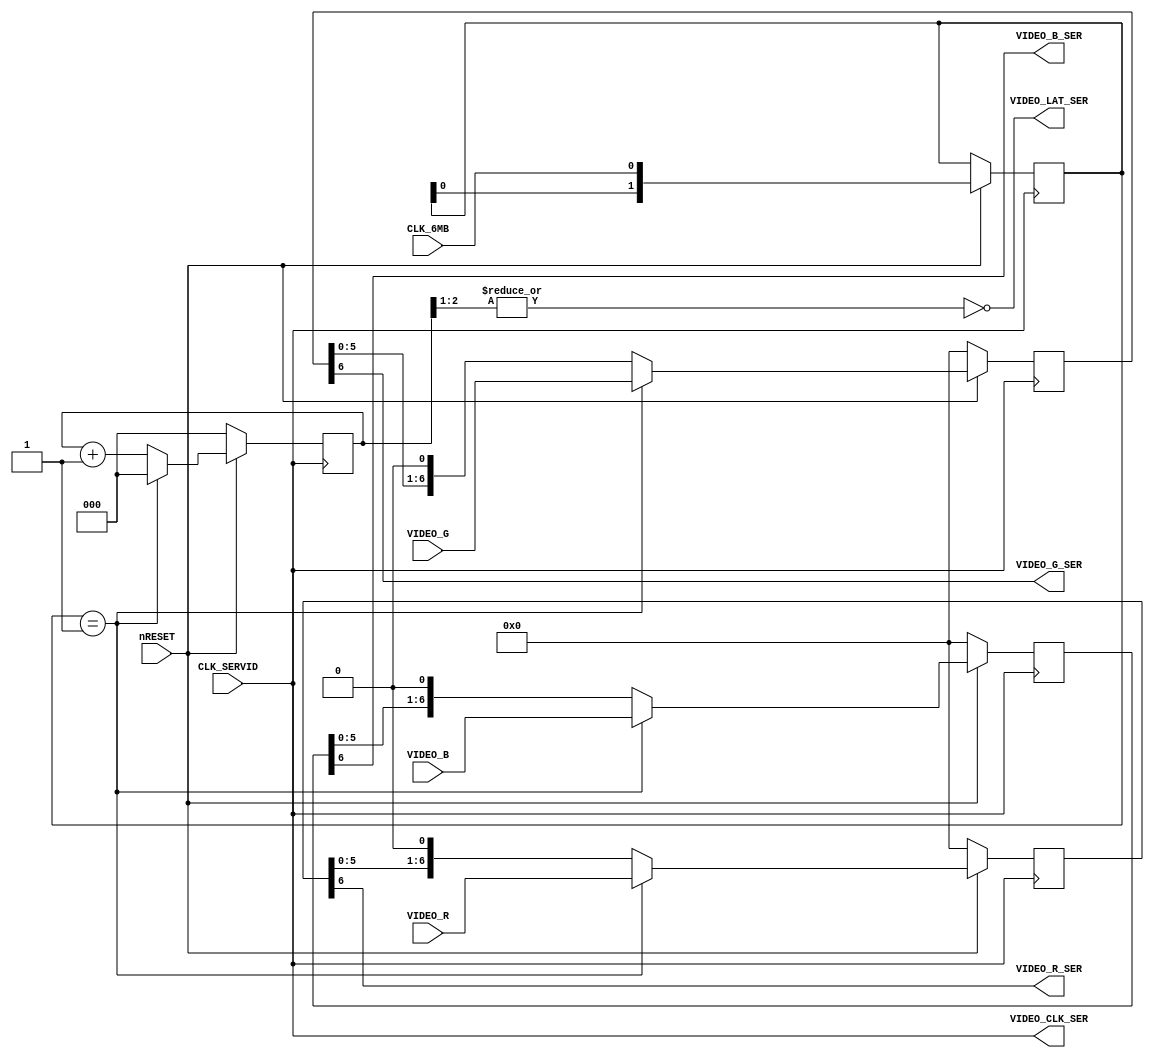
module ser_video(
	input nRESET,
	input CLK_SERVID,
	input CLK_6MB,
	input [6:0] VIDEO_R,
	input [6:0] VIDEO_G,
	input [6:0] VIDEO_B,
	output VIDEO_R_SER,
	output VIDEO_G_SER,
	output VIDEO_B_SER,
	output VIDEO_CLK_SER,
	output VIDEO_LAT_SER
);
	reg [6:0] R_SR;
	reg [6:0] G_SR;
	reg [6:0] B_SR;
	reg [2:0] BIT_CNT;
	reg [1:0] VIDEO_LOAD;
	assign VIDEO_CLK_SER = CLK_SERVID;
	assign VIDEO_LAT_SER = ~|{BIT_CNT[2:1]};
	assign VIDEO_R_SER = R_SR[6];
	assign VIDEO_G_SER = G_SR[6];
	assign VIDEO_B_SER = B_SR[6];
	always @(negedge CLK_SERVID)
	begin
		if (!nRESET)
		begin
			R_SR <= 7'b0000000;					
			G_SR <= 7'b0000000;
			B_SR <= 7'b0000000;
			BIT_CNT <= 3'b000; 
		end
		else
		begin
			VIDEO_LOAD <= {VIDEO_LOAD[0], CLK_6MB};
			if (VIDEO_LOAD == 2'b01)			
			begin
				R_SR <= VIDEO_R;					
				G_SR <= VIDEO_G;
				B_SR <= VIDEO_B;
				BIT_CNT <= 3'b000;
			end
			else
			begin
				R_SR <= {R_SR[5:0], 1'b0};		
				G_SR <= {G_SR[5:0], 1'b0};
				B_SR <= {B_SR[5:0], 1'b0};
				BIT_CNT <= BIT_CNT + 1'b1;
			end
		end
	end
endmodule